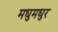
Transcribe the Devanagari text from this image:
मधुमधुर